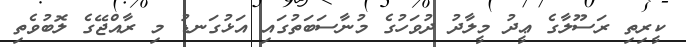
ކީރިތި ރަސޫލާގެ ޢީދު މީލާދު ދުވަހުގެ މުނާސަބަތުގައި އަޅުގަނޑު މި ރާއްޖޭގެ ލޮބުވެތި